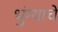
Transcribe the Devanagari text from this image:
भुंग्याचे